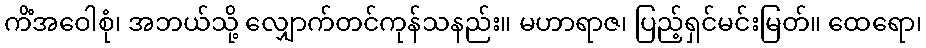
ကိံအဝေါစုံ၊ အဘယ်သို့ လျှောက်တင်ကုန်သနည်း။ မဟာရာဇ၊ ပြည့်ရှင်မင်းမြတ်။ ထေရော၊